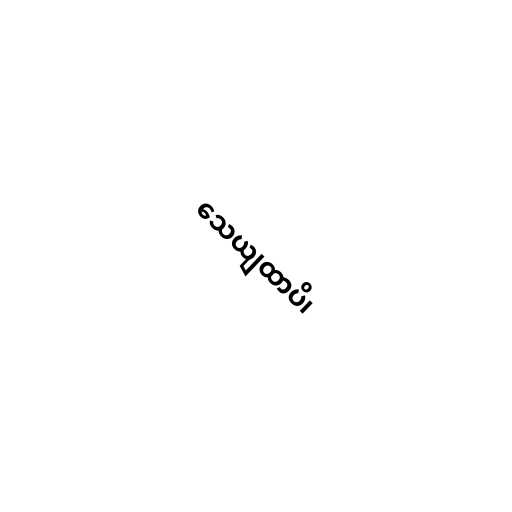
သေယျထာပိ၊